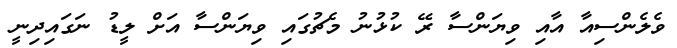
ވެލެންސިއާ އާއި ވިޔަންސާ ރޭ ކުޅުނު މެޗުގައި ވިޔަންސާ އަށް ލީޑު ނަގައިދިނީ